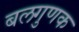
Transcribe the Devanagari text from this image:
बलगुणक